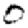
Digit: 0